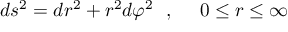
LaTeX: d s ^ { 2 } = d r ^ { 2 } + r ^ { 2 } d \varphi ^ { 2 } ~ ~ , ~ ~ ~ ~ 0 \leq r \leq \infty